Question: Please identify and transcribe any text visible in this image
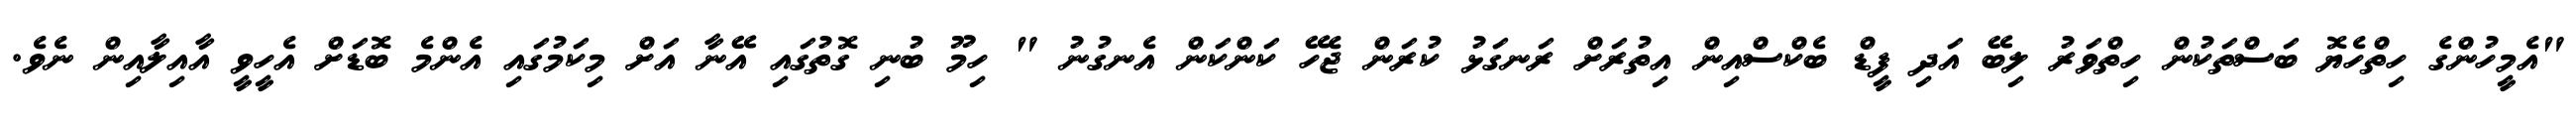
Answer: "އެމީހުންގެ ހިތްހެޔޮ ބަސްތަކުން ހިތްވަރު ލިބޭ އަދި ފީޑް ބެކްސްއިން އިތުރަށް ރަނގަޅު ކުރަން ޖެހޭ ކަންކަން އެނގުނު " ހިމޫ ބުނި ގޮތުގައި އޭނާ އަށް މިކަމުގައި އެންމެ ބޮޑަށް އެހީވީ އާއިލާއިން ނެވެ.